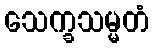
သေက္ခသမ္မတံ